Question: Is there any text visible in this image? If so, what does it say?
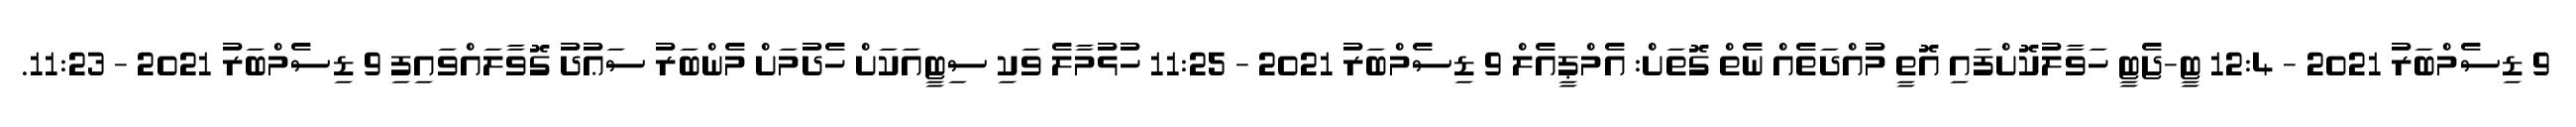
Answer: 9 ޑިސެމްބަރު 2021 - 12:4 ޓީ-ޖެޓީ ހަވާލުކޮށްފައި އޮތީ މުއްދަތެއް ނެތް ގޮތަށް: އެމްޕީއެލް 9 ޑިސެމްބަރު 2021 - 11:25 ހުޅުމާލެ ވަކި ސިޓީއަކަށް ހެދުމަށް މެންބަރު ސަޢުދު ގޮވާލައްވައިފި 9 ޑިސެމްބަރު 2021 - 11:23.